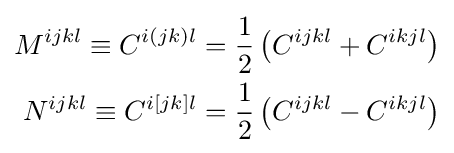
{\begin{aligned}M^{ijkl}\equiv C^{i(jk)l}={\frac {1}{2}}\left(C^{ijkl}+C^{ikjl}\right)\\N^{ijkl}\equiv C^{i[jk]l}={\frac {1}{2}}\left(C^{ijkl}-C^{ikjl}\right)\end{aligned}}